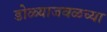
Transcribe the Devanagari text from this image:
डोळ्याजवळच्या